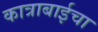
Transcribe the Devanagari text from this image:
कात्राबाईचा